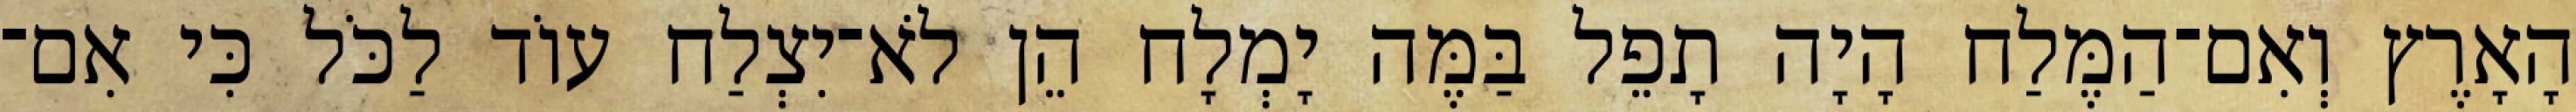
הָאָרֶץ וְאִם־הַמֶּלַח הָיָה תָפֵל בַּמֶּה יָמְלָח הֵן לֹא־יִצְלַח עוֹד לַכֹּל כִּי אִם־